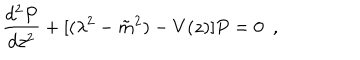
LaTeX: \frac { d ^ { 2 } P } { d z ^ { 2 } } + [ ( \lambda ^ { 2 } - { \tilde { m } } ^ { 2 } ) - V ( z ) ] P = 0 ~ ~ ,